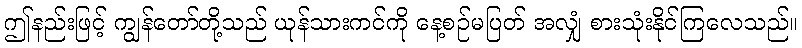
ဤနည်းဖြင့် ကျွန်တော်တို့သည် ယုန်သားကင်ကို နေ့စဉ်မပြတ် အလျှံ စားသုံးနိုင်ကြလေသည်။